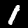
Label: 1